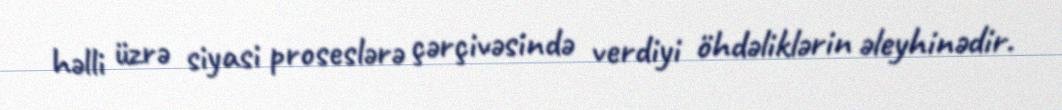
həlli üzrə siyasi proseslərə çərçivəsində verdiyi öhdəliklərin əleyhinədir.